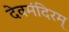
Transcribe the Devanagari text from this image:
देवमंदिरम्